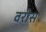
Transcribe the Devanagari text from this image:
वरीस